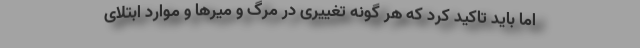
اما باید تاکید کرد که هر گونه تغییری در مرگ و میرها و موارد ابتلای